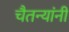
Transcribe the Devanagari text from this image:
चैतन्यांनी